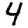
Digit: 4